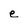
Character: e